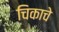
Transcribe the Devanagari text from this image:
चिकाचे